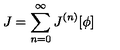
J = \sum _ { n = 0 } ^ { \infty } J ^ { ( n ) } [ \phi ]